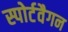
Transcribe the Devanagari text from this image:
स्पोर्टवैगन